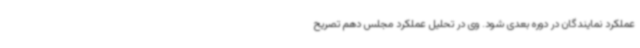
عملکرد نمایندگان در دوره‌ بعدی شود. وی در تحلیل عملکرد مجلس دهم تصریح